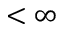
< \infty